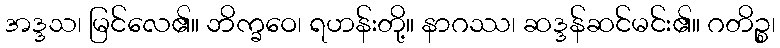
အဒ္ဒသ၊ မြင်လေ၏။ ဘိက္ခဝေ၊ ရဟန်းတို့။ နာဂဿ၊ ဆဒ္ဒန်ဆင်မင်း၏။ ဂတိဉ္စ၊